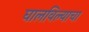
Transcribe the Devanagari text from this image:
घालविल्याचा